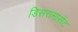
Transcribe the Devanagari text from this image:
डिसरामासेंट